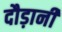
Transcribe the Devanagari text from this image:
दौड़ानी